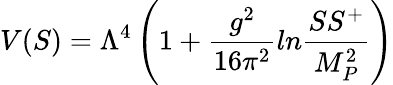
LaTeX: V(S)=\Lambda^{4}\left(1+{\frac{g^{2}}{16\pi^{2}}}ln{\frac{SS^{+}}{M_{P}^{2}}}\right)